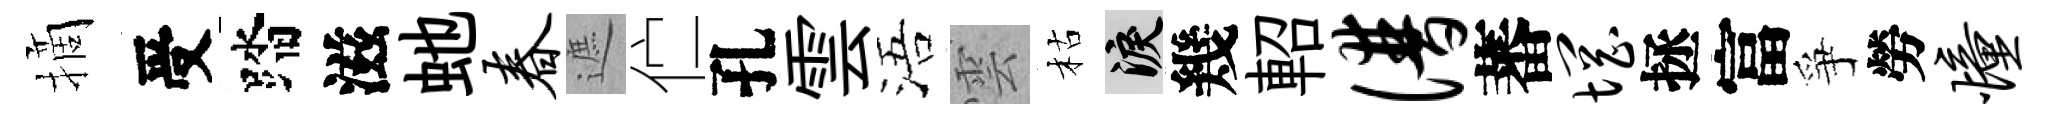
摘受踏滋虵春遮伫孔雲浯雲枯泪幾軺谱蕃惘拯富爭勞憧